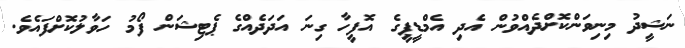
ނަޝީދު މިނިވަންކޮށްދެއްވުން އެދި އެމްޑީޕީގެ އޮފީހާ ގިނަ އަދަދެއްގެ ޕެޓިޝަން ފޯމު ހަވާލުކޮށްފައެވެ.